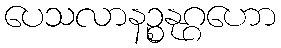
ပေသလာနဉ္စနုဂ္ဂဟော